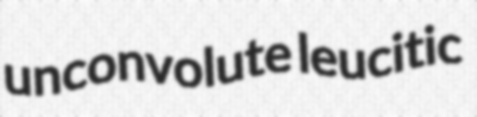
unconvolute leucitic